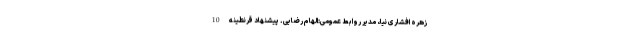
زهره افشاری نیا، مدیر روابط عمومی:الهام رضایی. پیشنهاد قرنطینه 10